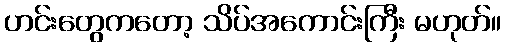
ဟင်းတွေကတော့ သိပ်အကောင်းကြီး မဟုတ်။